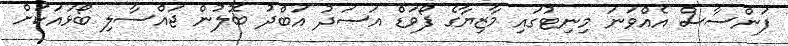
ފަންސާސް އެއްވަނަ މިނިޓުގައި މާޒިޔާގެ ފޯވަޑް އަސަދު އަބްދު ބޮލުން ޖައްސާލި ބޯޅައަކަށް